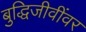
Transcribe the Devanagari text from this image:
बुद्धिजीवींवर